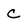
Character: C